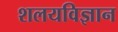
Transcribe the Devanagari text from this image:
शलयविज्ञान